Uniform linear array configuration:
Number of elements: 8
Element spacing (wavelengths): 0.75
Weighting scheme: hamming
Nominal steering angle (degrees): -60
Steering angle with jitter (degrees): -61.282
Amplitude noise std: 0.05
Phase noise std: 0.05

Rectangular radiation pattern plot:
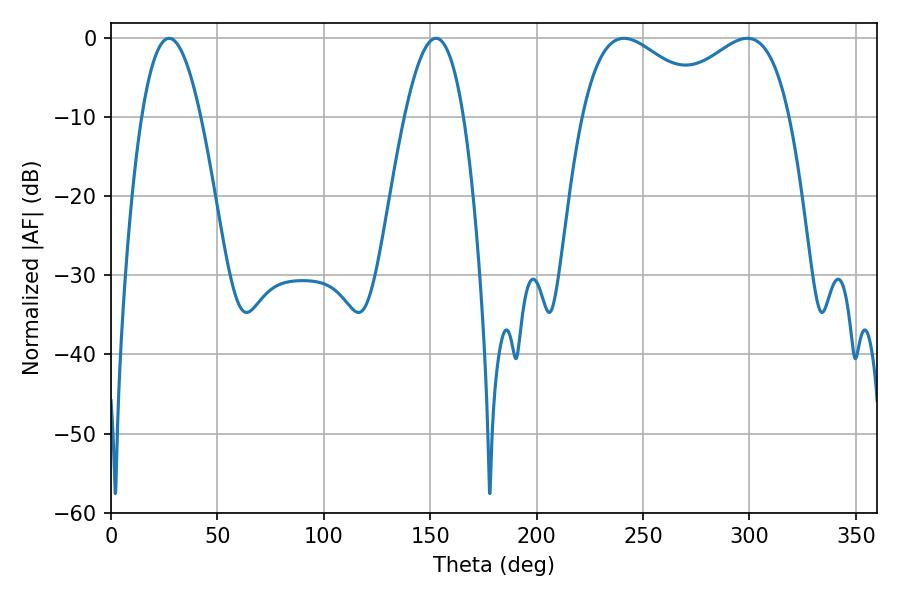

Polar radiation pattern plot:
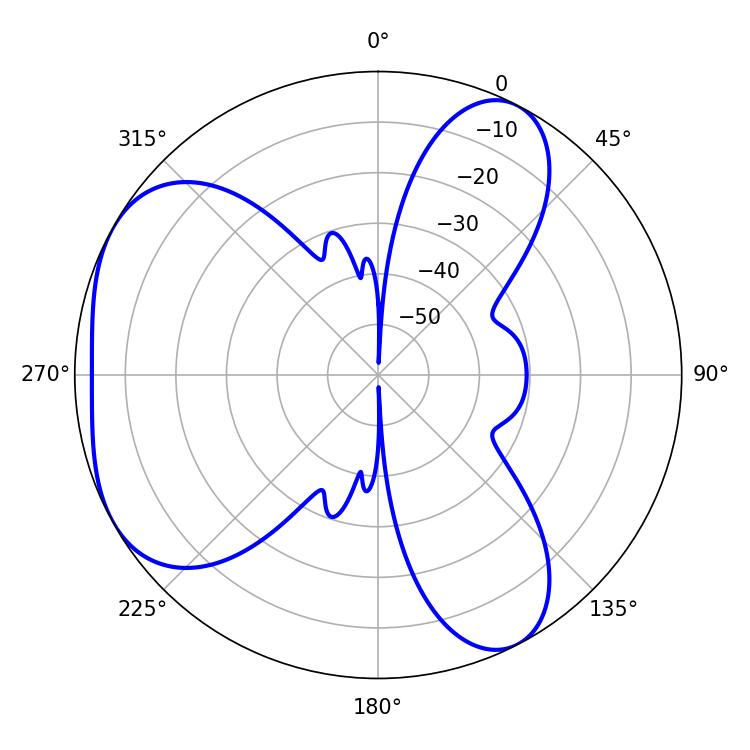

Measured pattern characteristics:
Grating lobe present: TRUE
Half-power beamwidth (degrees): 34.02
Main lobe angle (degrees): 241.02